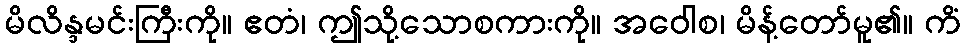
မိလိန္ဒမင်းကြီးကို။ ဧတံ၊ ဤသို့သောစကားကို။ အဝေါစ၊ မိန့်တော်မူ၏။ ကိံ